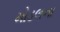
મોડલના